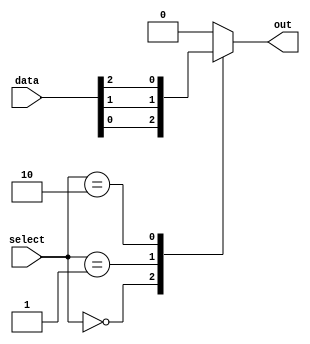
module mux_128to1 (
    input [127:0] data,
    input [6:0] select,
    output reg out
);

always @ (*) begin
    case (select)
        7'b0000000: out = data[0];
        7'b0000001: out = data[1];
        7'b0000010: out = data[2];
        // continue with cases for all 128 input signals
        default: out = 1'b0; // default output
    endcase
end

endmodule